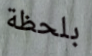
بلحظة